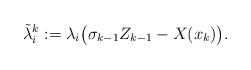
LaTeX: \begin{align*}\tilde{\lambda}_i^k := \lambda_i \big( \sigma_{k-1} Z_{k-1} - X(x_k) \big).\end{align*}